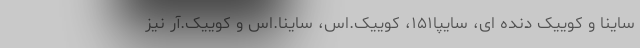
ساینا و کوییک دنده ای، سایپا۱۵۱، کوییک.اس، ساینا.اس و کوییک.آر نیز